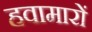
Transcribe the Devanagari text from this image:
हवामारों